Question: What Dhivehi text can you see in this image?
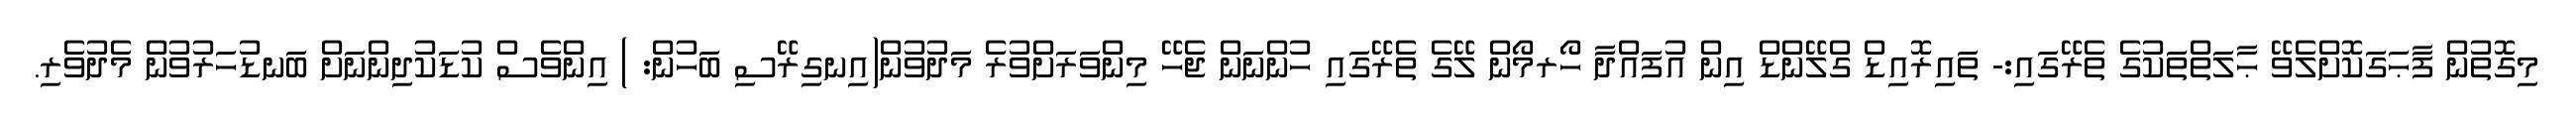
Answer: މިގޮތުން ފާޙަގަކޮށްލެވޭ ޙާލަތްތަކުގެ ތެރޭގައި:- ތައިރޮއިޑް ގްލޭންޑް އިން އުފައްދާ ހޯރމޯން ލޭގެ ތެރޭގައި ހުންނަން ޖެހޭ މިންވަރަށްވުރެ މަދުވުން(އިނގިރޭސި ބަހުން: ) އިންވެސް ކުޑަކުދިންނަށް ބަނޑުހަރުވުން މެދުވެރި.